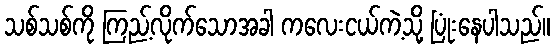
သစ်သစ်ကို ကြည့်လိုက်သောအခါ ကလေးငယ်ကဲ့သို့ ပြုံးနေပါသည်။